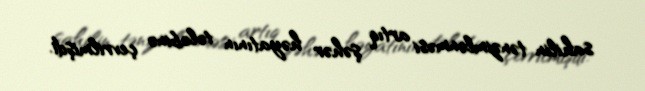
sahilin tənzimlənməsi artıq şəhər həyatının tələbinə çevrilmişdi.